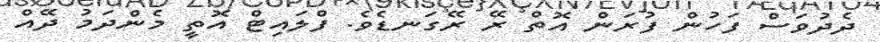
ދެދުވަސް ފަހުން ފުރަން އޮތް ރޭ ރޭގަނޑެވެ. ފްލައިޓް އޮތީ މެންދަމު ދޭއް